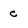
Character: c